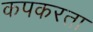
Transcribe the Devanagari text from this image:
कपकरता